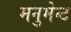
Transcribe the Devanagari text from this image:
मनुमेन्ट